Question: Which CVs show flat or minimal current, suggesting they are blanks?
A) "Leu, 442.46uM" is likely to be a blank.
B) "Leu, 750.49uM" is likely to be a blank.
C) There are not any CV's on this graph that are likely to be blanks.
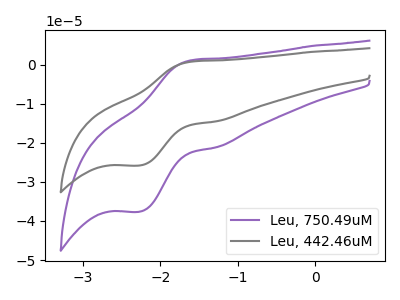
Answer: <think>The purple curve "Leu, 750.49uM" has an anodic peak at (-1.60V, 1.15uA) and a cathodic peak at (-2.25V, -37.65uA). The gray curve "Leu, 442.46uM" has an anodic peak at (-1.60V, 0.80uA) and a cathodic peak at (-2.25V, -25.80uA).</think>
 <answer>C) There are not any CV's on this graph that are likely to be blanks.</answer>
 <eval>C</eval>